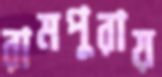
রামপুরায়